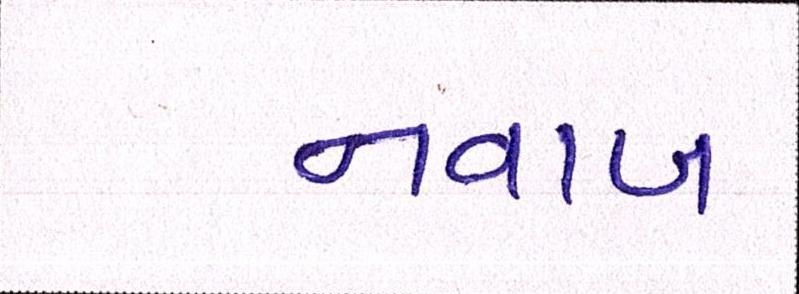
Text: નવાબ